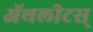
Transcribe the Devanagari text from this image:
ॲथलीटस्